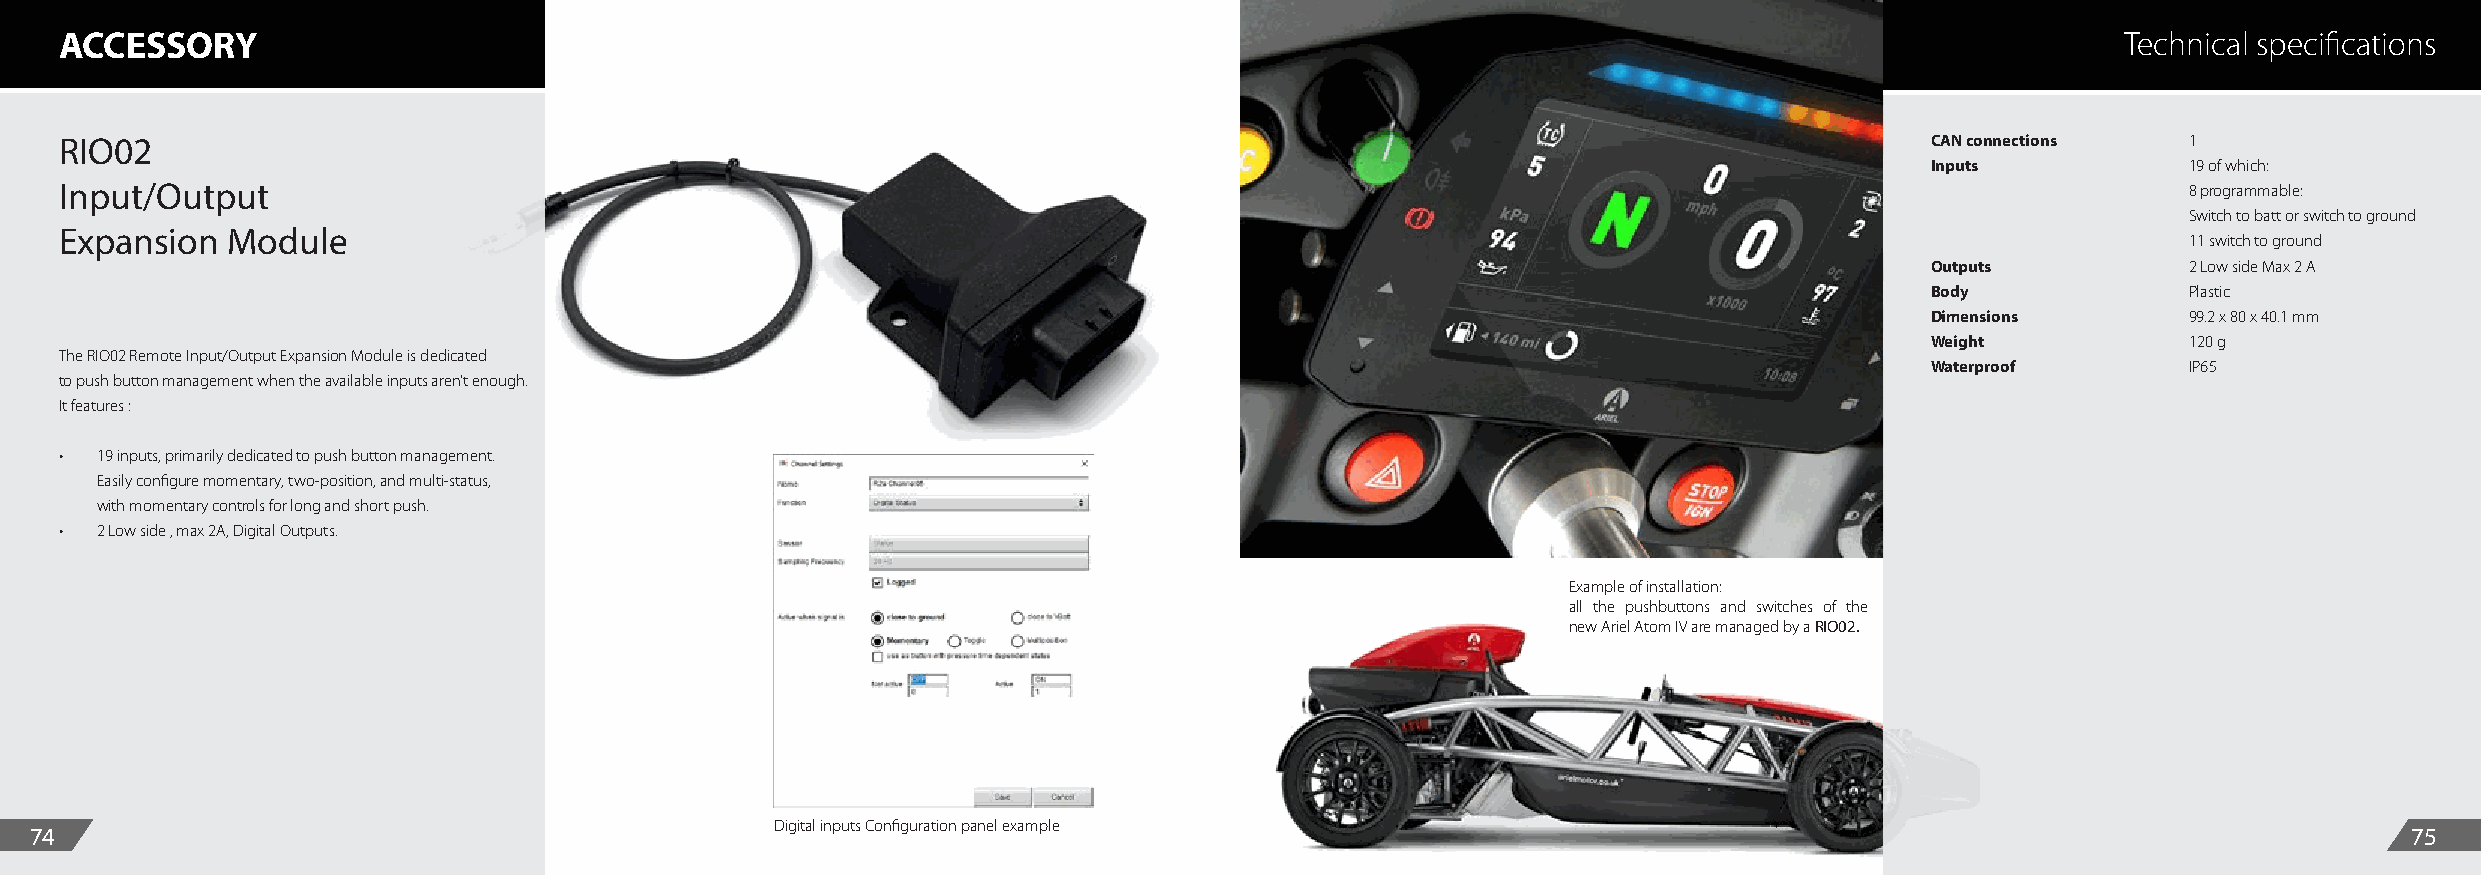
ACCESSORY                                                                                                                                Technical specifications
 RIO02                                                                                                                       CAN connections  1
 Inputs           19 of which:
 Input/Output                                                                                                                                 8 programmable:
 Switch to batt or switch to ground
 Expansion  Module
 11 switch to ground
 Outputs          2 Low side Max 2 A
 Body             Plastic
 Dimensions       99.2 x 80 x 40.1 mm
 Weight           120 g
 The RIO02 Remote Input/Output Expansion Module is dedicated
 Waterproof       IP65
 to push button management when the available inputs aren’t enough.
 It features :
 • 19 inputs, primarily dedicated to push button management.
 Easily configure momentary, two-position, and multi-status,
 with momentary controls for long and short push.
 • 2 Low side , max 2A, Digital Outputs.
 Example of installation:
 all the pushbuttons and switches of the
 new Ariel Atom IV are managed by a RIO02.
 Digital inputs Configuration panel example
 74                                                                                                                                                            75